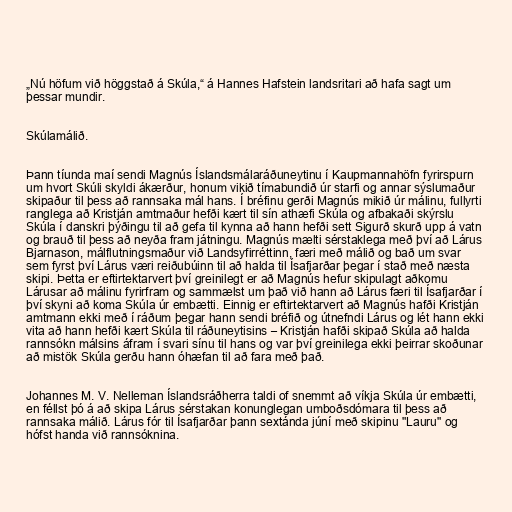
„Nú höfum við höggstað á Skúla,“ á Hannes Hafstein landsritari að hafa sagt um
þessar mundir.

Skúlamálið.

Þann tíunda maí sendi Magnús Íslandsmálaráðuneytinu í Kaupmannahöfn fyrirspurn
um hvort Skúli skyldi ákærður, honum vikið tímabundið úr starfi og annar sýslumaður
skipaður til þess að rannsaka mál hans. Í bréfinu gerði Magnús mikið úr málinu, fullyrti
ranglega að Kristján amtmaður hefði kært til sín athæfi Skúla og afbakaði skýrslu
Skúla í danskri þýðingu til að gefa til kynna að hann hefði sett Sigurð skurð upp á vatn
og brauð til þess að neyða fram játningu. Magnús mælti sérstaklega með því að Lárus
Bjarnason, málflutningsmaður við Landsyfirréttinn, færi með málið og bað um svar
sem fyrst því Lárus væri reiðubúinn til að halda til Ísafjarðar þegar í stað með næsta
skipi. Þetta er eftirtektarvert því greinilegt er að Magnús hefur skipulagt aðkomu
Lárusar að málinu fyrirfram og sammælst um það við hann að Lárus færi til Ísafjarðar í
því skyni að koma Skúla úr embætti. Einnig er eftirtektarvert að Magnús hafði Kristján
amtmann ekki með í ráðum þegar hann sendi bréfið og útnefndi Lárus og lét hann ekki
vita að hann hefði kært Skúla til ráðuneytisins – Kristján hafði skipað Skúla að halda
rannsókn málsins áfram í svari sínu til hans og var því greinilega ekki þeirrar skoðunar
að mistök Skúla gerðu hann óhæfan til að fara með það.

Johannes M. V. Nelleman Íslandsráðherra taldi of snemmt að víkja Skúla úr embætti,
en féllst þó á að skipa Lárus sérstakan konunglegan umboðsdómara til þess að
rannsaka málið. Lárus fór til Ísafjarðar þann sextánda júní með skipinu "Lauru" og
hófst handa við rannsóknina.